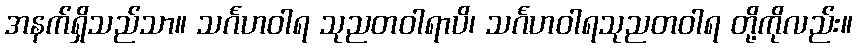
အနက်ရှိသည်သာ။ သင်္ဂဟဝါရ သုညတဝါရာပိ၊ သင်္ဂဟဝါရသုညတဝါရ တို့ကိုလည်း။